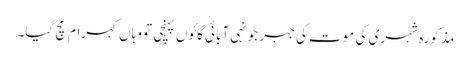
مذکورہ شہری کی موت کی جبر جونہی آبائی گائوں پہنچی تو وہاں کہرام مچ گیا۔